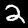
Digit: 2